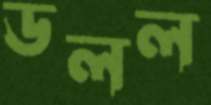
ডলল